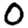
Digit: 0